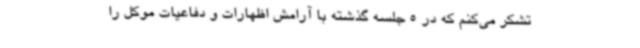
تشکر می‌کنم که در 5 جلسه گذشته با آرامش اظهارات و دفاعیات موکل را